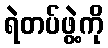
ရဲတပ်ဖွဲ့ကို